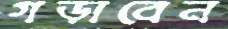
গড়াবেন